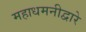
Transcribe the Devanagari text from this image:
महाधमनीद्वारे